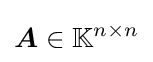
{\boldsymbol {A}}\in \mathbb {K} ^{n\times n}